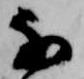
な